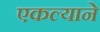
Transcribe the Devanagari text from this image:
एकल्याने